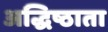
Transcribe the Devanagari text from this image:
अद्धिष्ठाता